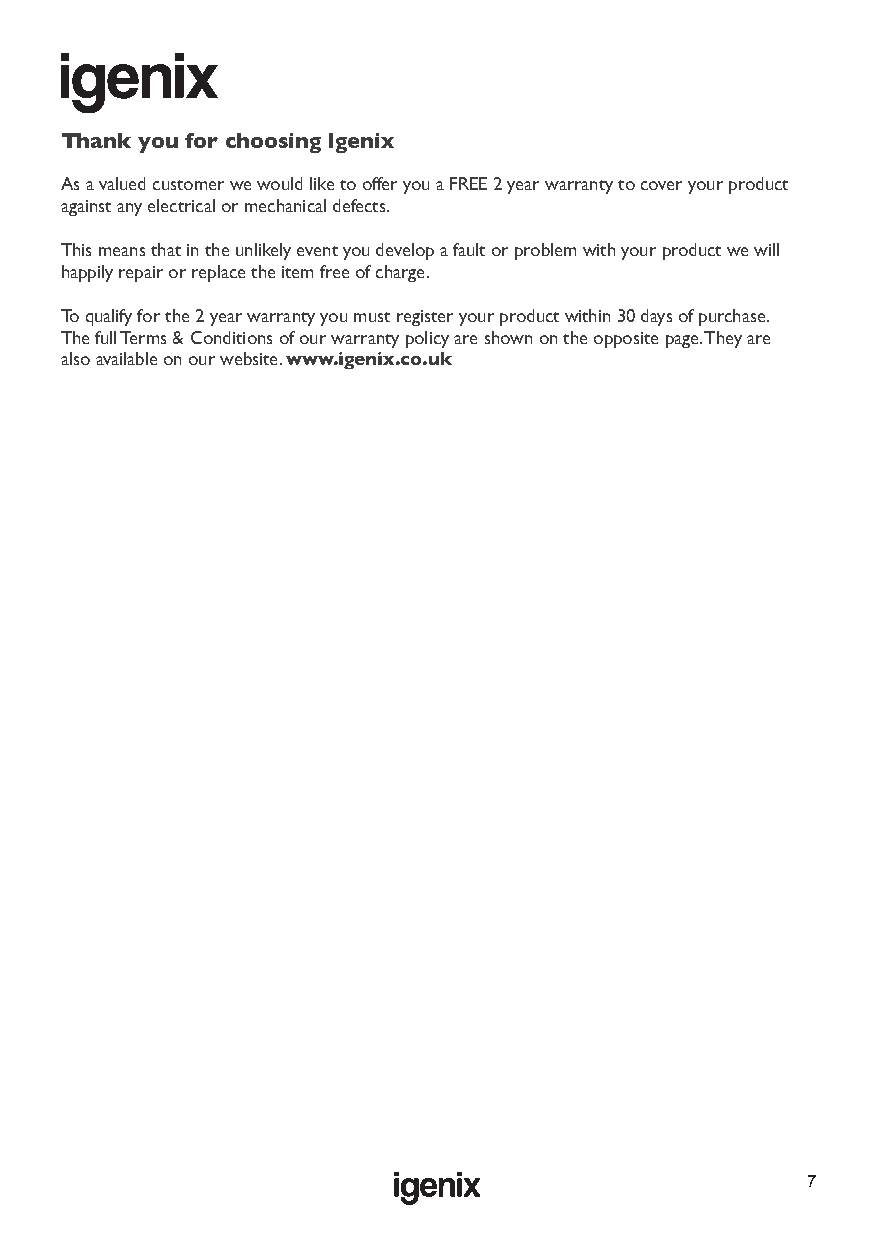
Thank you for choosing lgenix
 As a valued customer we would like to offer you a FREE 2 year warranty to cover your product
 against any electrical or mechanical defects.
 This means that in the unlikely event you develop a fault or problem with your product we will
 happily repair or replace the item free of charge.
 To qualify for the 2 year warranty you must register your product within 30 days of purchase.
 The full Terms & Conditions of our warranty policy are shown on the opposite page. They are
 also available on our website. www.igenix.co.uk
 7